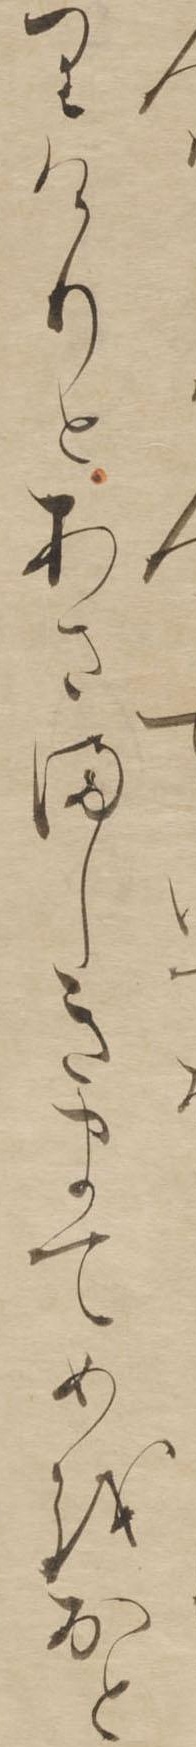
りけりとあさましきまてめをおと